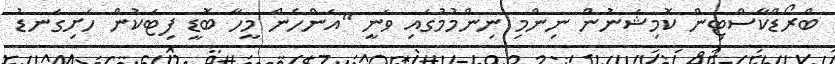
ބްރޯޑްކާސްޓިން ކޮމިޝަނުން ނިންމި ނިންމުމުގައި ވަނީ "އަންހެން މީހާ ބޮޑީ ފިޓަކުން ހަށިގަނޑު